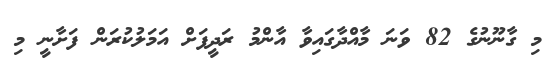
މި ގާނޫނުގެ 82 ވަނަ މާއްދާގައިވާ އާންމު ރަދީފަށް އަމަލުކުރަން ފަށާނީ މި